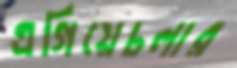
এগিয়েচলার